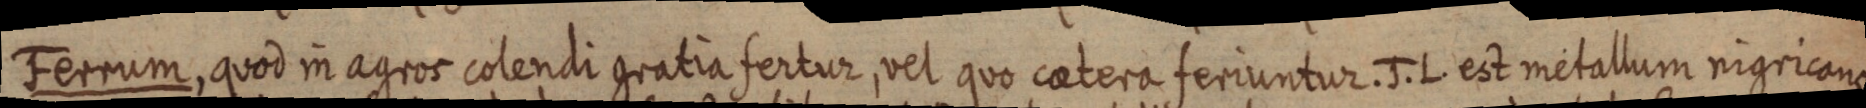
Ferrum, quod in agros colendi gratia fertur, vel quo caetera feriuntur. J. L. est metallum nigricans